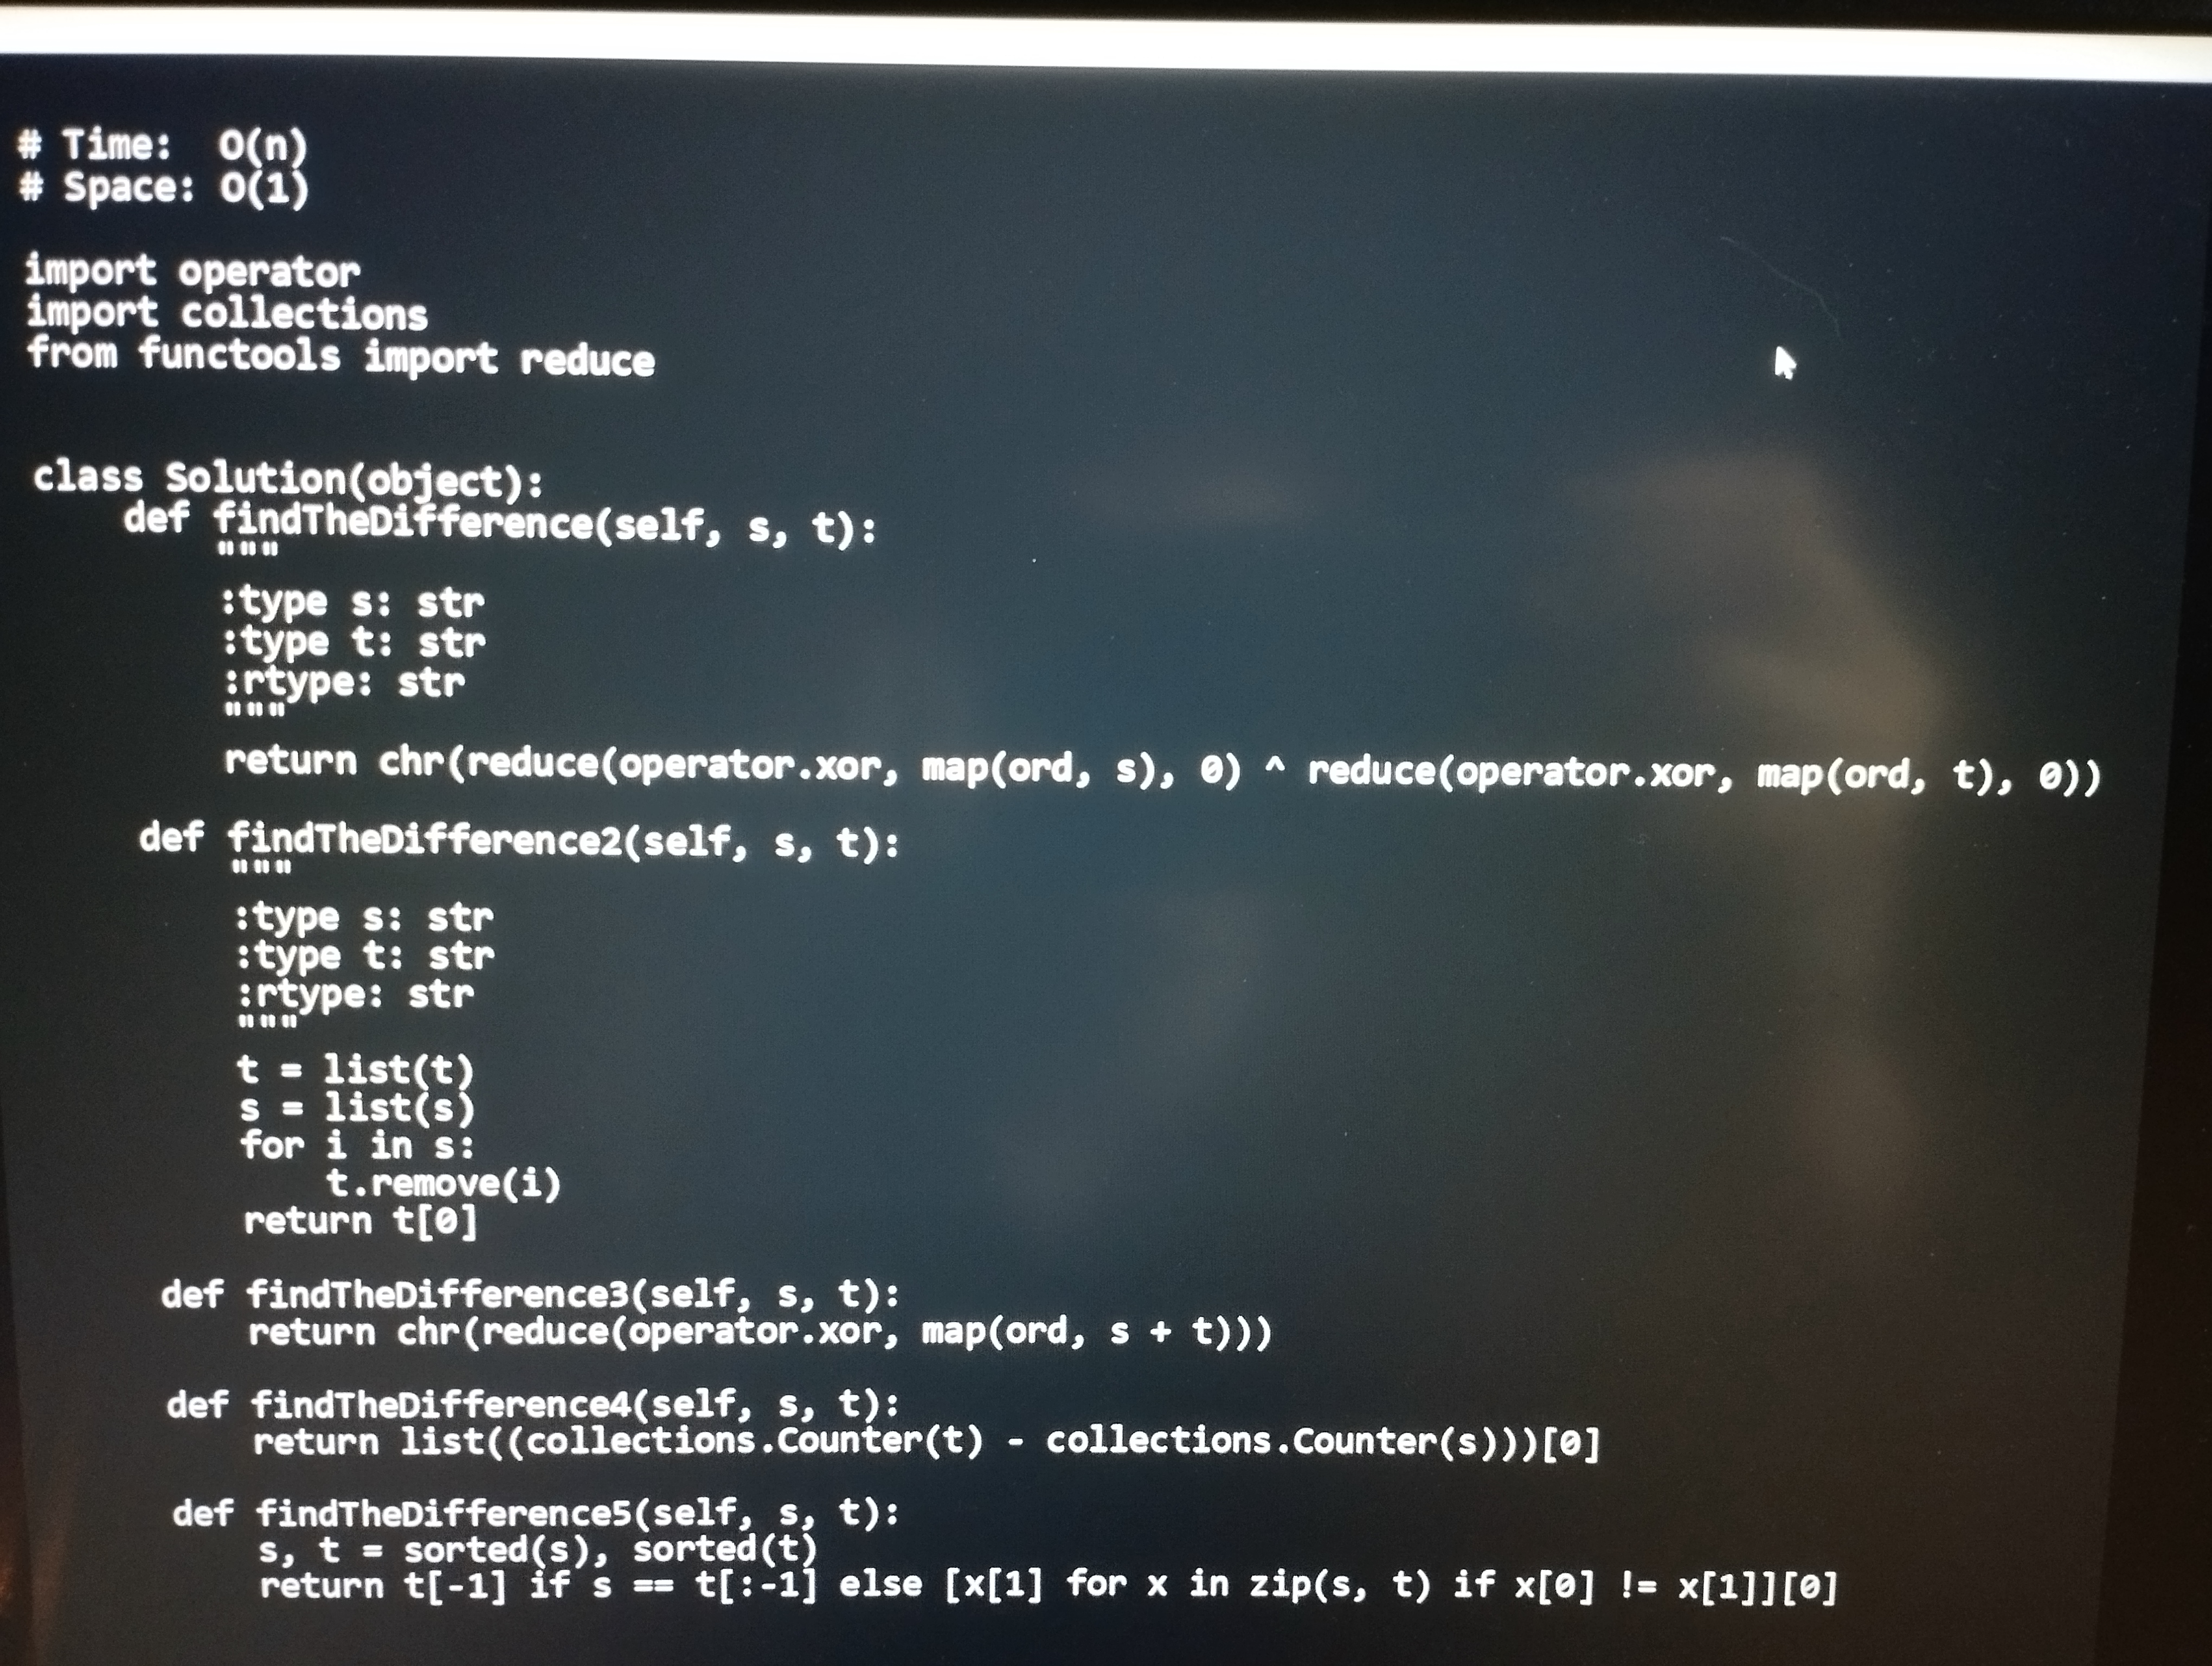
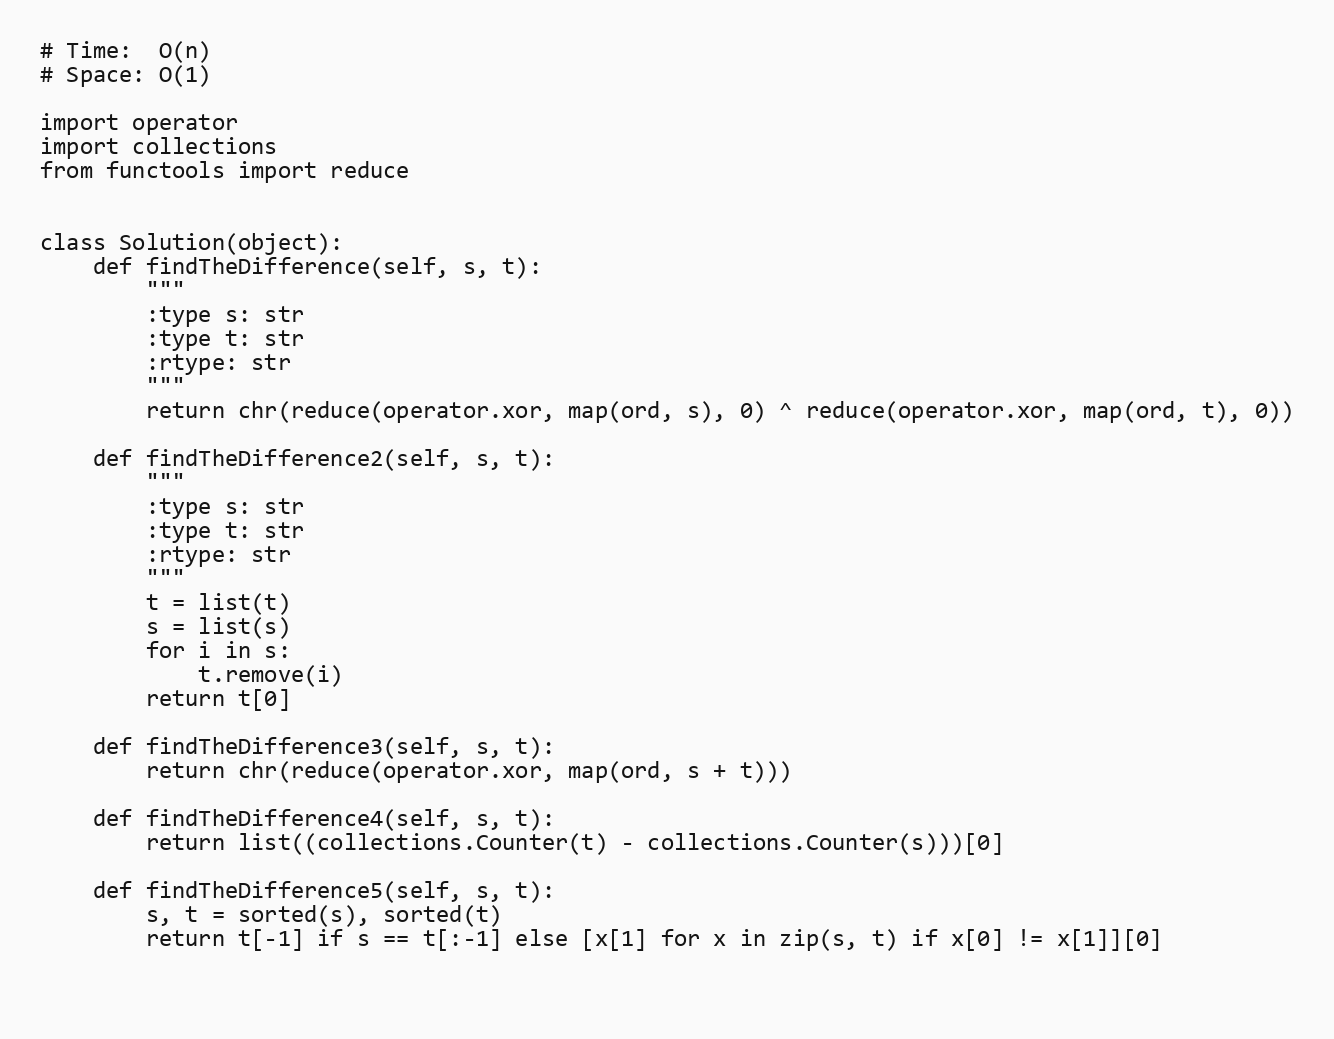
# Time:  O(n)
# Space: O(1)

import operator
import collections
from functools import reduce

class Solution(object):
    def findTheDifference(self, s, t):
        """
        :type s: str
        :type t: str
        :rtype: str
        """
        return chr(reduce(operator.xor, map(ord, s), 0) ^ reduce(operator.xor, map(ord, t), 0))

    def findTheDifference2(self, s, t):
        """
        :type s: str
        :type t: str
        :rtype: str
        """
        t = list(t)
        s = list(s)
        for i in s:
            t.remove(i)
        return t[0]

    def findTheDifference3(self, s, t):
        return chr(reduce(operator.xor, map(ord, s + t)))

    def findTheDifference4(self, s, t):
        return list((collections.Counter(t) - collections.Counter(s)))[0]

    def findTheDifference5(self, s, t):
        s, t = sorted(s), sorted(t)
        return t[-1] if s == t[:-1] else [x[1] for x in zip(s, t) if x[0] != x[1]][0]